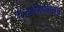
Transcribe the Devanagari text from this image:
राज्याभिषेकाचा